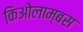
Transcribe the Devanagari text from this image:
किओलाम्बस